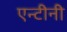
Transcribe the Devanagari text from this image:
एन्टीनी